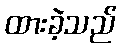
ထားခဲ့သည်